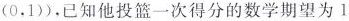
(0.1))，已知他投篮一次得分的数学期望为1